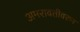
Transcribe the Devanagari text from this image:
अमरावतीवरुन